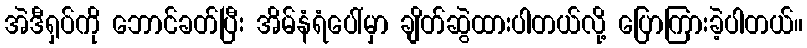
အဲဒီရှပ်ကို ဘောင်ခတ်ပြီး အိမ်နံရံပေါ်မှာ ချိတ်ဆွဲထားပါတယ်လို့ ပြောကြားခဲ့ပါတယ်။